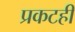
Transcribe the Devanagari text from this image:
प्रकटही